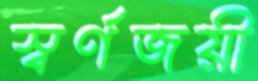
স্বর্ণজয়ী